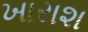
ખારાશ